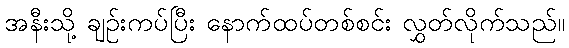
အနီးသို့ ချဉ်းကပ်ပြီး နောက်ထပ်တစ်စင်း လွှတ်လိုက်သည်။